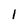
Character: 1